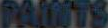
PAINTS